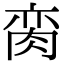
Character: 脔